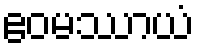
ဧဝမဿာယံ